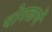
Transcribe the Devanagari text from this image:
पोगळणें